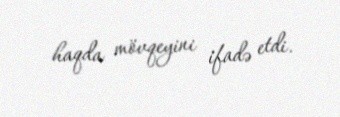
haqda mövqeyini ifadə etdi.